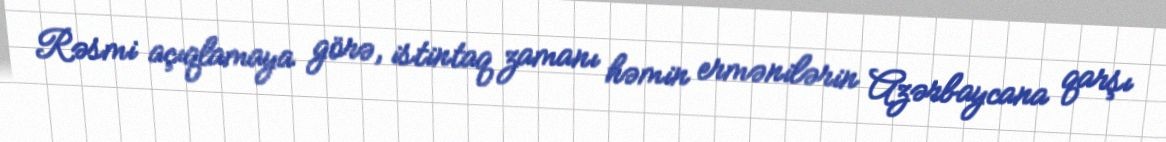
Rəsmi açıqlamaya görə, istintaq zamanı həmin ermənilərin Azərbaycana qarşı